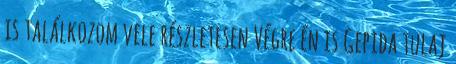
is találkozom vele részletesen Végre én is Gepida tulaj